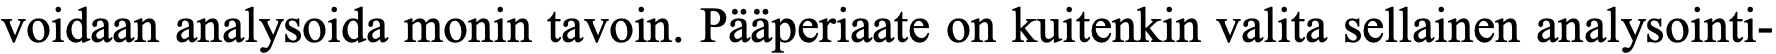
voidaan analysoida monin tavoin. Pääperiaate on kuitenkin valita sellainen analysointi-